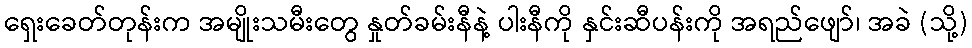
ရှေးခေတ်တုန်းက အမျိုးသမီးတွေ နှုတ်ခမ်းနီနဲ့ ပါးနီကို နှင်းဆီပန်းကို အရည်ဖျော်၊ အခဲ (သို့)